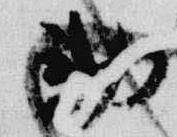
勅